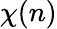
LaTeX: \chi(n)